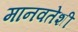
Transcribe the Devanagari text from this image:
मानवतेशी